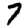
Digit: 7